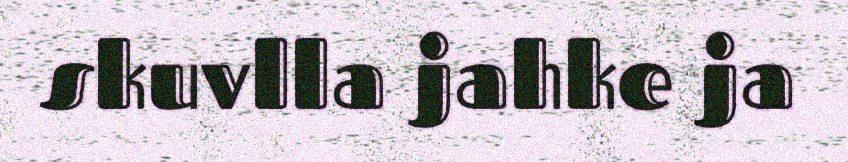
skuvlla jahke ja